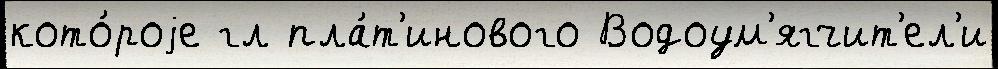
кото́роjе гл пла́т'инового Водоум'ягчит'ел'и